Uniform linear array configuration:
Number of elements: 8
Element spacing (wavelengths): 0.5
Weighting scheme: hamming
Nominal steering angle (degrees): -45
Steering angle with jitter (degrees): -45.054
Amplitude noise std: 0.05
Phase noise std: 0.05

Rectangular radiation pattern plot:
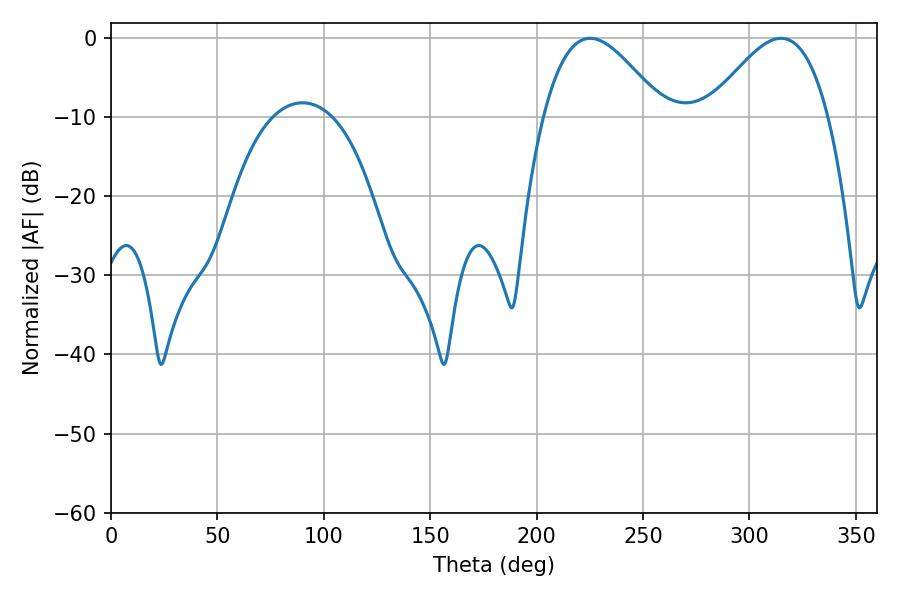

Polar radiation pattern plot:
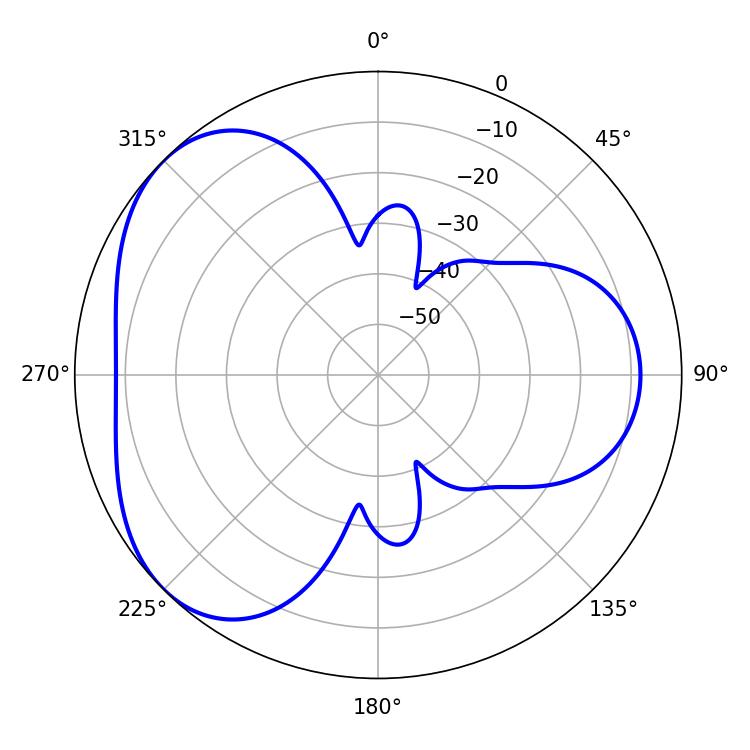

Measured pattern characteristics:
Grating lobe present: FALSE
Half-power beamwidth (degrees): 30.24
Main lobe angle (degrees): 225.18